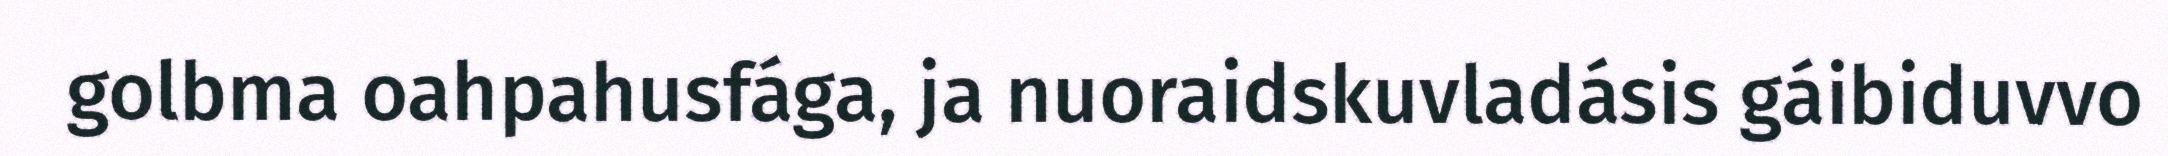
golbma oahpahusfága, ja nuoraidskuvladásis gáibiduvvo